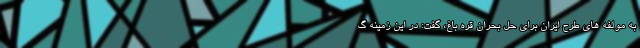
به مولفه های طرح ایران برای حل بحران قره باغ، گفت: در این زمینه گ